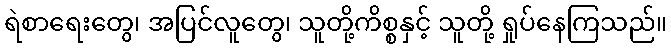
ရဲစာရေးတွေ၊ အပြင်လူတွေ၊ သူတို့ကိစ္စနှင့် သူတို့ ရှုပ်နေကြသည်။